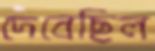
দেবেছিল